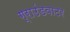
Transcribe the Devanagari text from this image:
ग्राउंडवाटर